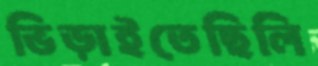
ভিড়াইতেছিলি